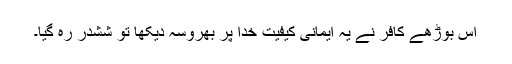
اس بوڑھے کافر نے یہ ایمانی کیفیت خدا پر بھروسہ دیکھا تو ششدر رہ گیا۔